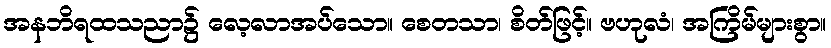
အနဘိရထသညာ၌ လေ့လာအပ်သော။ စေတသာ၊ စိတ်ဖြင့်။ ဗဟုလံ၊ အကြိမ်များစွာ။